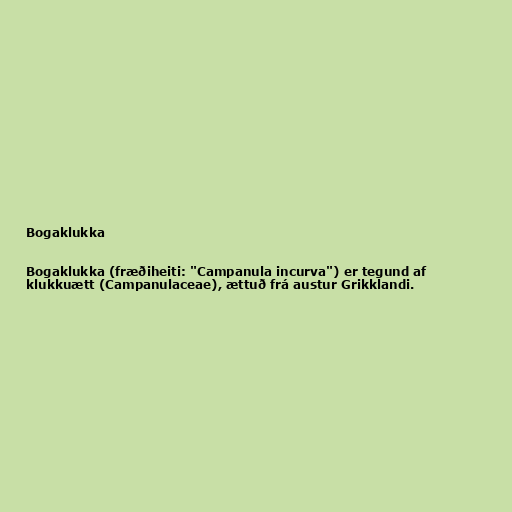
Bogaklukka

Bogaklukka (fræðiheiti: "Campanula incurva") er tegund af
klukkuætt (Campanulaceae), ættuð frá austur Grikklandi.